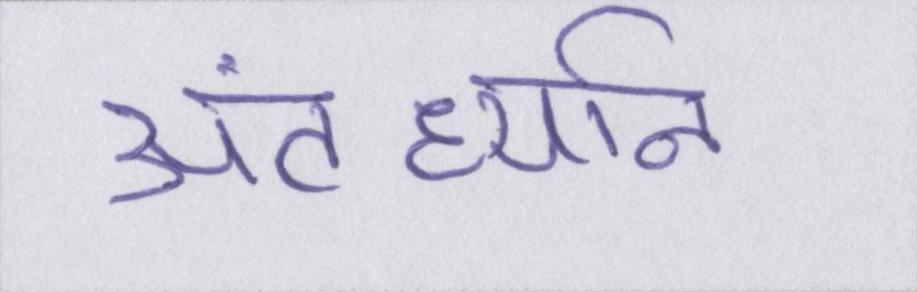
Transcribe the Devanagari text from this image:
अंतर्ध्यान